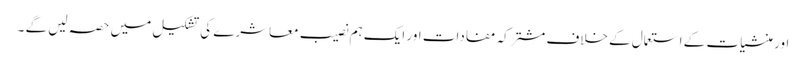
اور منشیات کے استعمال کے خلاف مشترکہ مفادات اور ایک ہم نصیب معاشرے کی تشکیل میں حصہ لیں گے ۔